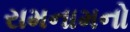
રામનામનો